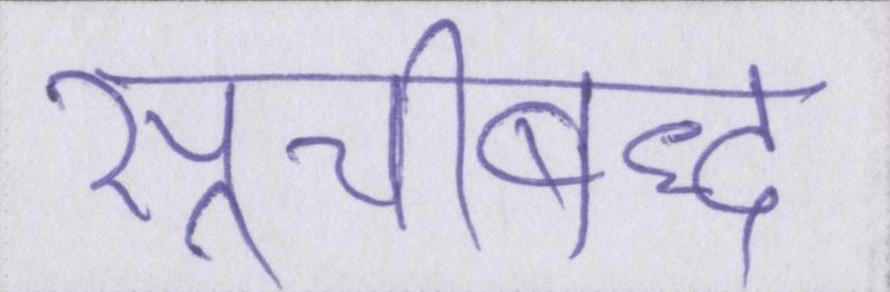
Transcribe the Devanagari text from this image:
सूचीबद्ध